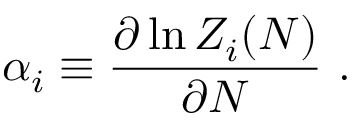
\alpha _ { i } \equiv { \frac { \partial \ln Z _ { i } ( N ) } { \partial N } } \ .